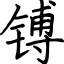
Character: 镈